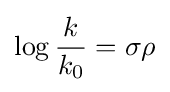
\log {\frac {k}{k_{0}}}=\sigma \rho